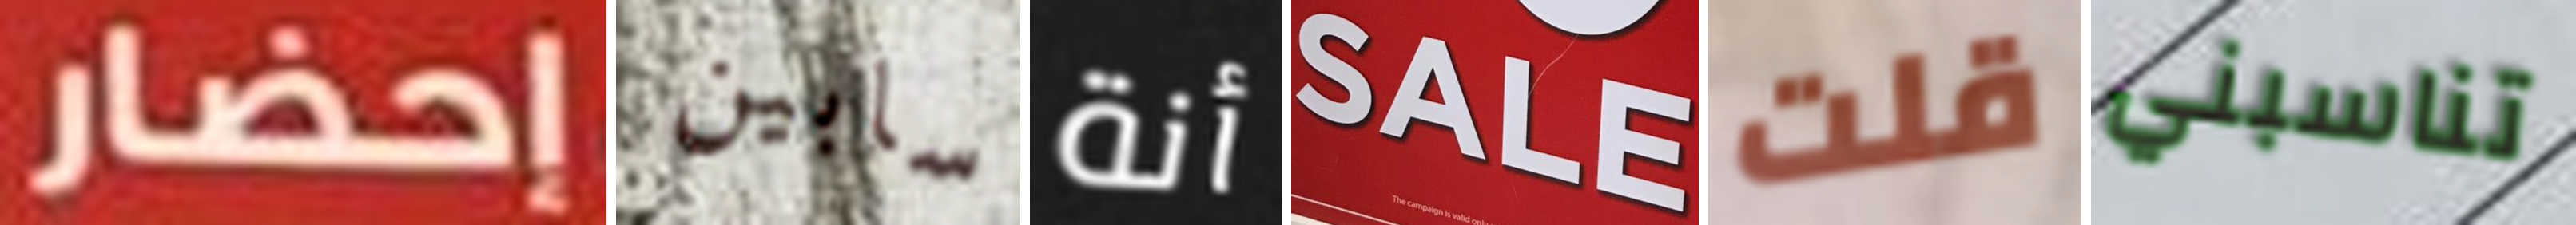
إحضار سابين أنة SALE قلت تناسبني